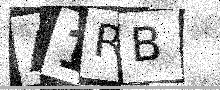
Text: A1RB